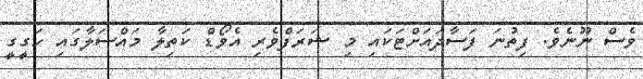
ވެސް ނޫނެވެ. ފިތުނަ ފަސާދައަށްޓަކައި މި ޝަރަފްވެރި އެވޯޑް ކަތިލާ މައްސަލާގައި ހަގީގީ